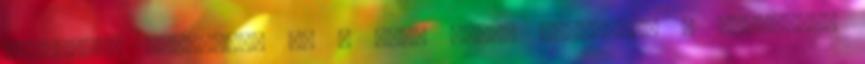
hosszában átfogtuk, de a várt fogás elmaradt. A helyzetet